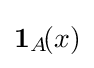
\mathbf {1} _{A}\!(x)